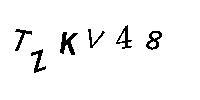
TZKV48